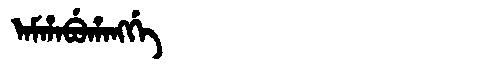
Manchu: ᠠᠮᡥᠠᠪᡠᡥᠠᠩᡤᡝ
Romanization: AMHABUHANGGE